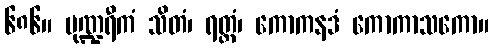
၆၈၆။ ပုဏ္ဍရီကံ သိတံ၊ ရတ္တံ၊ ကောကနဒံ ကောကာသကော။